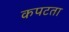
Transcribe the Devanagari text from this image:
कपटता